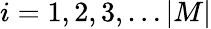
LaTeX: i=1,2,3,\dots|M|